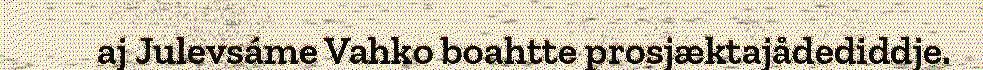
aj Julevsáme Vahko boahtte prosjæktajådediddje.